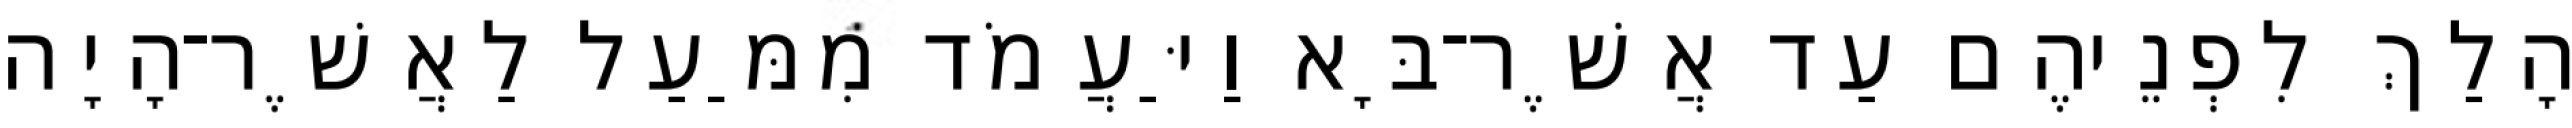
הָלַךְ לִפְנֵיהֶם עַד אֲשֶׁר־בָּא וַיַּעֲמֹד מִמַּעַל לַאֲשֶׁר־הָיָה